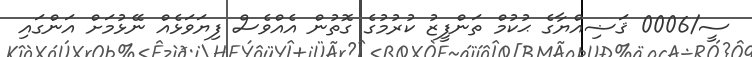
ސީ/0006 ޤަޟިއްޔާގެ ޙުކުމް ތަންފީޒު ކުރުމުގެ ގޮތުން އެއްވެސް ފިޔަވަޅެއް ނޭޅުމަށް އަންގައި